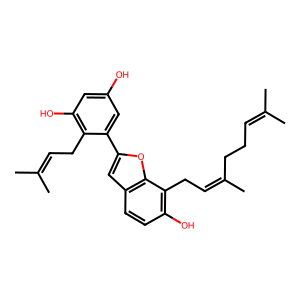
SMILES: CC(C)=CCCC(C)=CCc1c(O)ccc2cc(-c3cc(O)cc(O)c3CC=C(C)C)oc12
Inhibits HIV replication: No